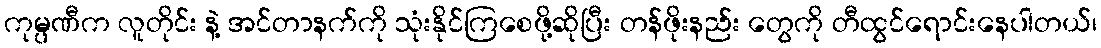
ကုမ္ပဏီက လူတိုင်း နဲ့ အင်တာနက်ကို သုံးနိုင်ကြစေဖို့ဆိုပြီး တန်ဖိုးနည်း တွေကို တီထွင်ရောင်းနေပါတယ်၊